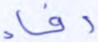
دفء